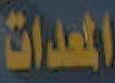
المعدات